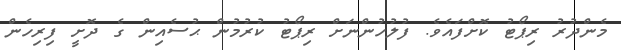
މެންދުރު ރިޕޯޓު ކޮށްފައެވެ. ފުލުހުންނަށް ރިޕޯޓު ކުރުމުން ޙުސެއިން ގެ ދޮށީ ފިރިހެން